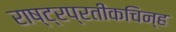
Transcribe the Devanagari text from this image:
राष्ट्रप्रतीकचिन्ह